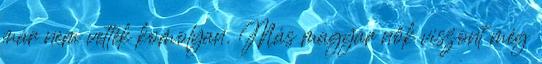
már nem vették komolyan. Más magyar nők viszont még